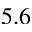
5 . 6